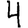
Digit: 4